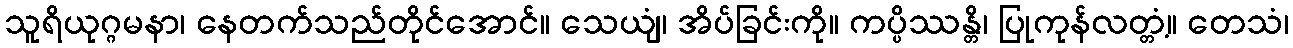
သူရိယုဂ္ဂမနာ၊ နေတက်သည်တိုင်အောင်။ သေယျံ၊ အိပ်ခြင်းကို။ ကပ္ပိဿန္တိ၊ ပြုကုန်လတ္တံ့။ တေသံ၊